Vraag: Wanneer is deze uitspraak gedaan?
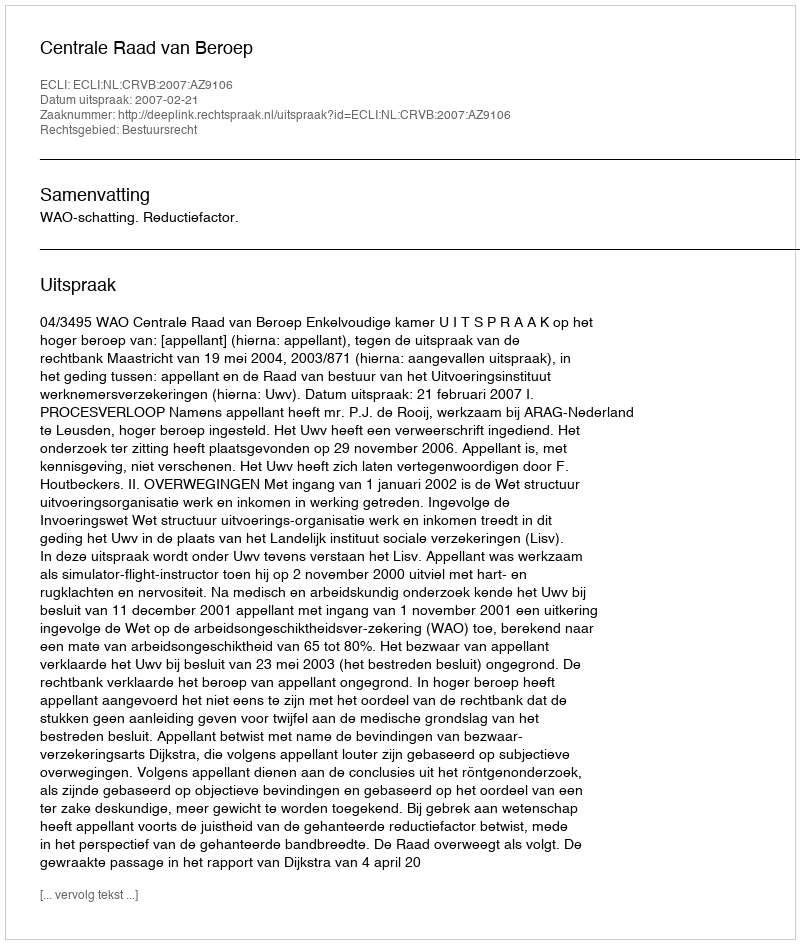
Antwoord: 2007-02-21